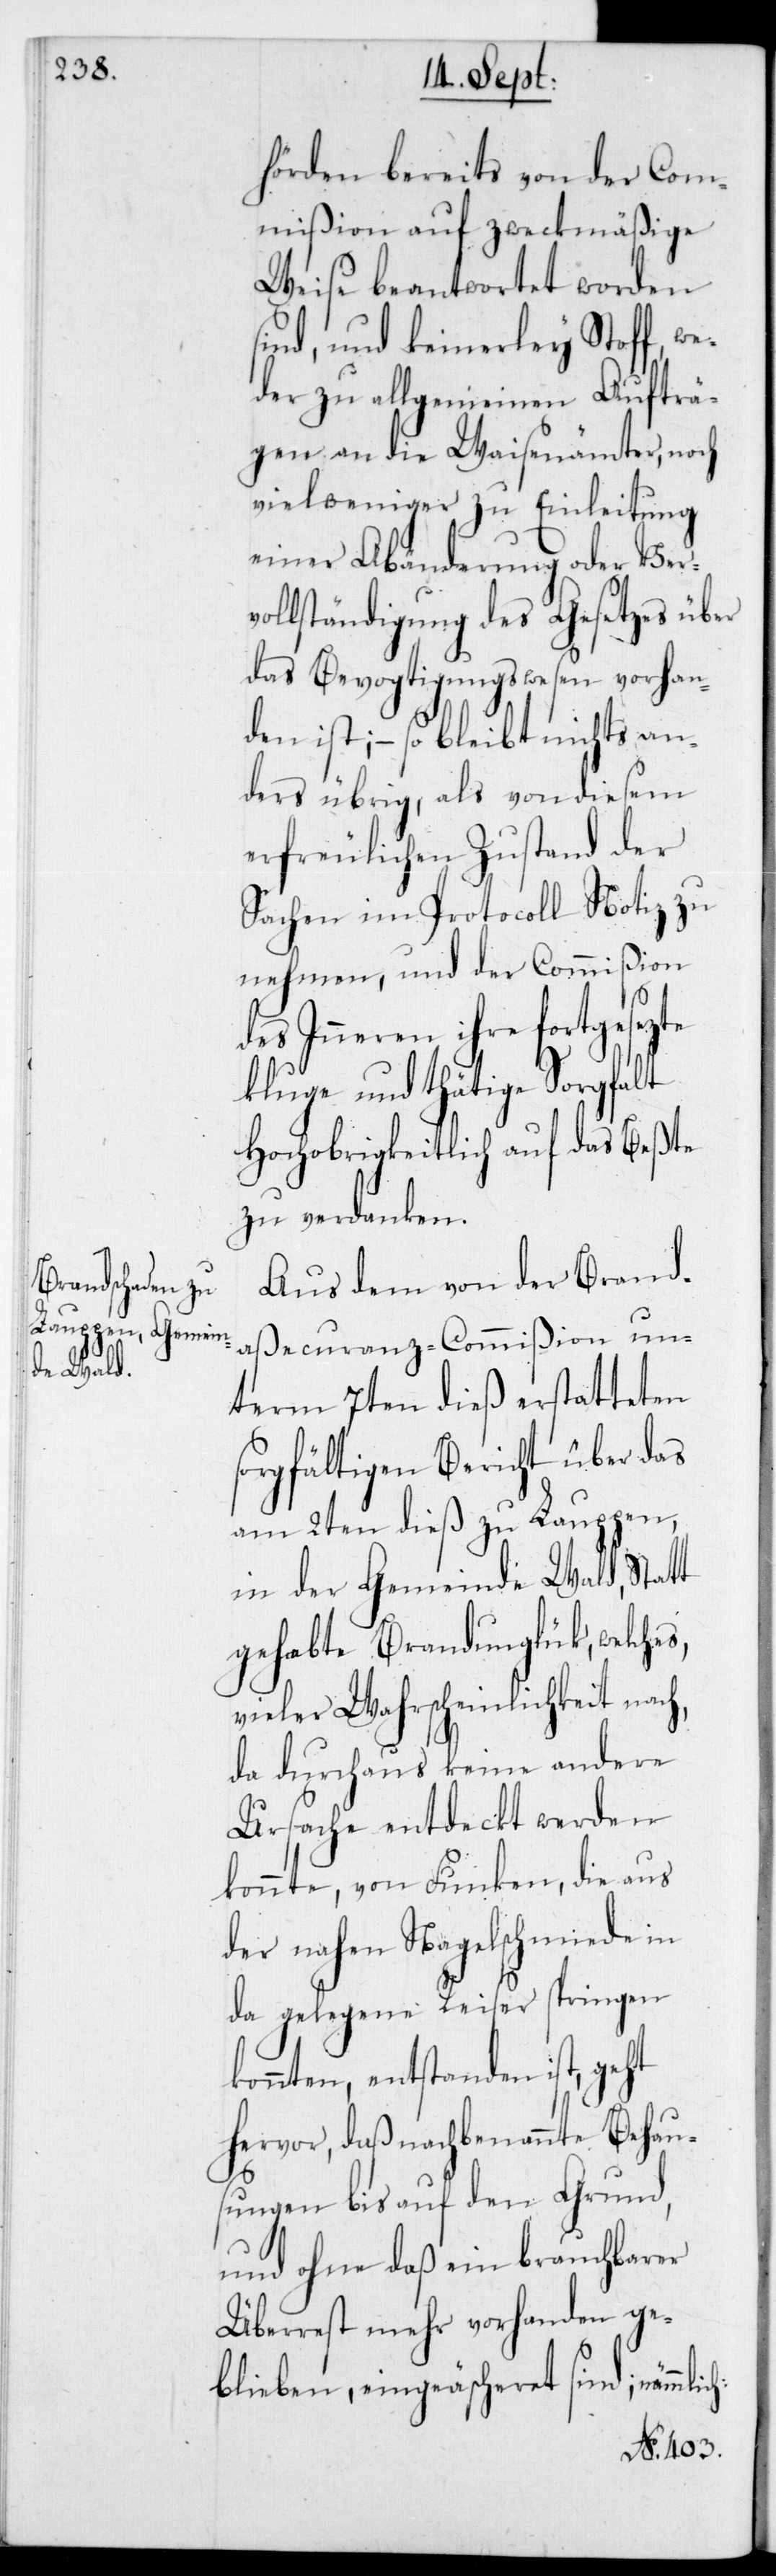
ch:

hörden bereits von der Com¬
mißion auf zweckmäßige
Weise beantwortet worden
sind, und keinerley Stoff, we¬
der zu allgemeinen Aufträ¬
gen an die Waisenämter, noch
viel weniger zu Einleitung
einer Abänderung oder Ver¬
vollständigung des Gesetzes über
das Bevogtigungswesen vorhan¬
den ist, – so bleibt nichts an¬
deres übrig, als von diesem
erfreulichen Zustand der
Sachen im Protocoll Notiz zu
nehmen, und der Commißion
des Inneren ihre fortgesezte
kluge und thätige Sorgfalt
Hochobrigkeitlich auf das Beßte
zu verdanken.
Aus dem von der Brand¬
aßecuranz-Commißion un¬
term 7ten dieß erstatteten
sorgfältigen Bericht über das
am 2ten dieß zu Lauppen,
in der Gemeinde Wald, stat¬
tgehabte Brandunglük, welches,
vieler Wahrscheinlichkeit nach,
da durchaus keine andere
Ursache entdeckt werden
konnte, von Funken, die aus
der nahen Nagelschmiede in
da gelegene Reiser springen k¬
onnten, entstanden ist, geht
hervor, daß nachbenannte Behaus¬
ungen bis auf den Grund,
und ohne daß ein brauchbarer
Überrest mehr vorhanden ge¬
blieben, eingeäscheret sind; nämmli¬